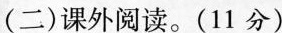
(二)课外阅读。(11分)